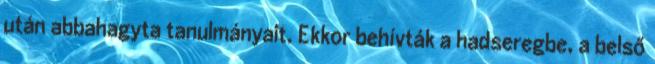
után abbahagyta tanulmányait. Ekkor behívták a hadseregbe, a belső